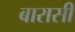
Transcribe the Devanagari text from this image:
बारासी